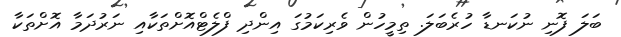
ބަލަ ފޮނި ނުކަނޑާ ހުރެބަލަ. ތިމީހުން ވެރިކަމުގަ އިންދި ފްލެޓްއޮށްތަކާއި ނަރުދަމާ އޮށްތަކާ